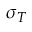
\sigma _ { T }